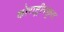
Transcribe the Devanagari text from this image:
कोराष्ट्रीयकृत